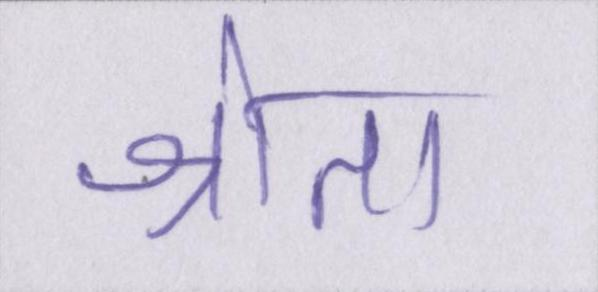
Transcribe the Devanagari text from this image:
श्रोता